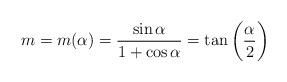
LaTeX: \begin{align*}m = m(\alpha) = \frac{\sin \alpha}{1+\cos \alpha} = \tan\bigg(\frac{\alpha}{2}\bigg)\end{align*}